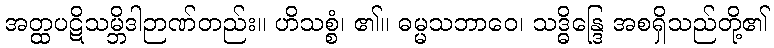
အတ္ထပဋိသမ္ဘိဒါဉာဏ်တည်း။ ဟိသစ္စံ၊ ၏။ ဓမ္မသဘာဝေ၊ သဒ္ဓိန္ဒြေ အစရှိသည်တို့၏